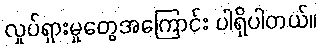
လှုပ်ရှားမှုတွေအကြောင်း ပါရှိပါတယ်။